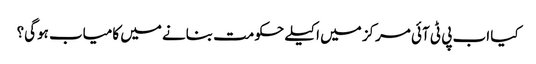
کیا اب پی ٹی آئی مرکز میں اکیلے حکومت بنانے میں کامیاب ہوگی؟